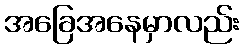
အခြေအနေမှာလည်း